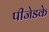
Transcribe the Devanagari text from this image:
पीजेडके